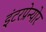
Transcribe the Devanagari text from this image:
इंटरप्रेन्योर